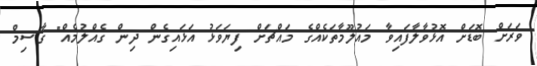
ވަރަށް ބޮޑަށް އޮޅުވާލާފައިވާ މައުލޫމާތަކެއްގެ މައްޗަށް ފިޔަވަޅު އަޅައިގެން ދިން ގެއްލުމެއް" ގާސިމް